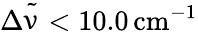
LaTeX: \Delta{\tilde{\upnu}}<10.0\, \mathrm{cm}^{-1}